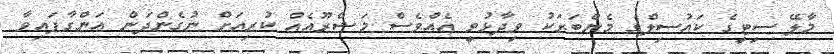
މާލޭ ސިޓީގެ ކައުސިލްގެ މެންބަރަކު ވިދާޅުވީ އެއްވެސް މަޝްރޫއެއް ކުރިއަށް ނުގެންދަން އަންގާފައިވާ